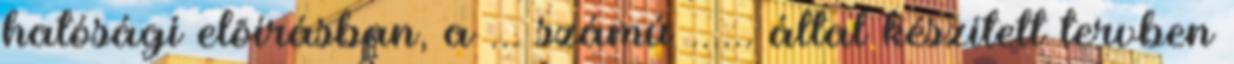
hatósági elõírásban, a ... számú ...... által készített tervben